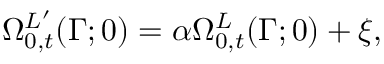
\Omega _ { 0 , t } ^ { L ^ { \prime } } ( \Gamma ; 0 ) = \alpha \Omega _ { 0 , t } ^ { L } ( \Gamma ; 0 ) + \xi ,